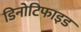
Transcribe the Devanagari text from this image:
डिनोटिफाइड